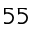
_ { 5 5 }